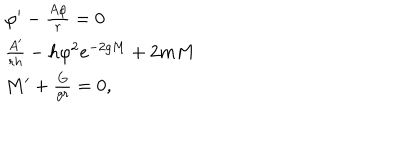
\begin{array} { l l } { { \varphi ^ { \prime } - \frac { A \varphi } { r } = 0 } } \\ { { \frac { A ^ { \prime } } { r h } - h \varphi ^ { 2 } e ^ { - 2 g M } + 2 m M } } \\ { { M ^ { \prime } + \frac { G } { g r } = 0 , } } \\ \end{array}